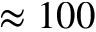
\approx 1 0 0